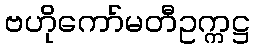
ဗဟိုကော်မတီဥက္ကဋ္ဌ